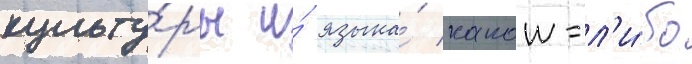
культу́ры и́ языка́ какои-л'и́бо